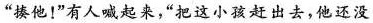
“揍他!”有人喊起来，“把这小孩赶出去，他还没